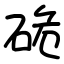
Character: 硊